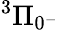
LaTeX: ^3\Pi_{0^{-}}